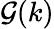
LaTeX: \mathcal G(k)